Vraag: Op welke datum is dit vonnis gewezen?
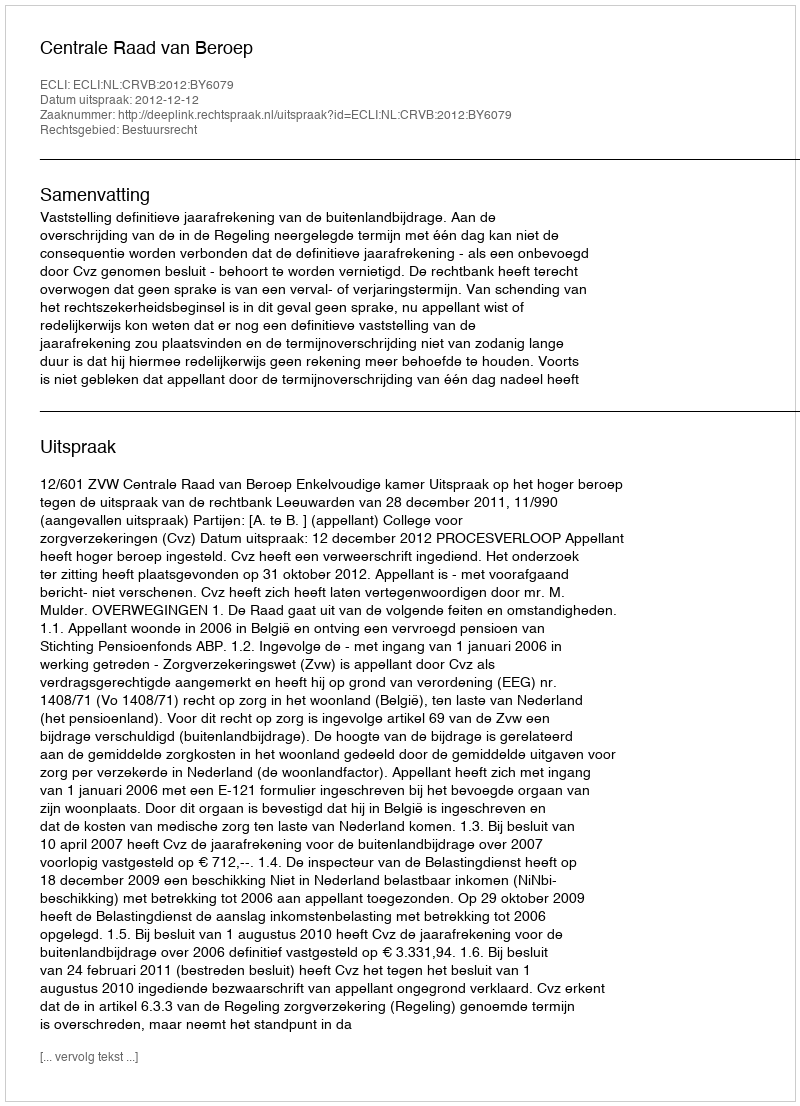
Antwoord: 2012-12-12